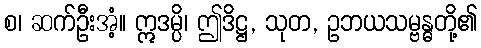
စ၊ ဆက်ဦးအံ့။ ဣဒမ္ပိ၊ ဤဒိဋ္ဌ, သုတ, ဥဘယသမ္ဗန္ဓတို့၏